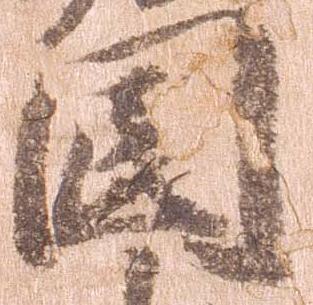
国